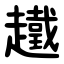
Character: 䟈